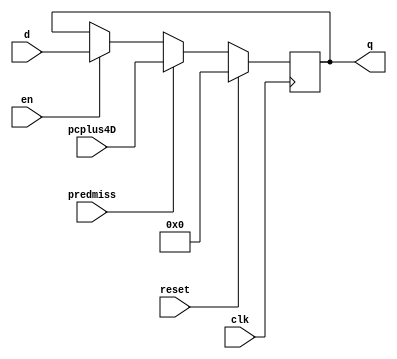
`timescale 1ns / 1ps
//////////////////////////////////////////////////////////////////////////////////
// Company: 
// Engineer: 
// 
// Design Name: 
// Module Name: flopenrpred
// Project Name: 
// Target Devices: 
// Tool Versions: 
// Description: 
// 
// Dependencies: 
// 
// Revision:
// Revision 0.01 - File Created
// Additional Comments:
// 
//////////////////////////////////////////////////////////////////////////////////

module flopenrpred #(parameter WIDTH = 8)
                    (input clk, reset,
                     input en, predmiss, 
                     input [WIDTH - 1 : 0] d, pcplus4D,
                     output reg [WIDTH - 1 : 0] q);
    //reg 
    always@(posedge clk)
        if(reset)           q <= 0;
        else if(predmiss)   q <= pcplus4D;
        else if(en)         q <= d;
endmodule